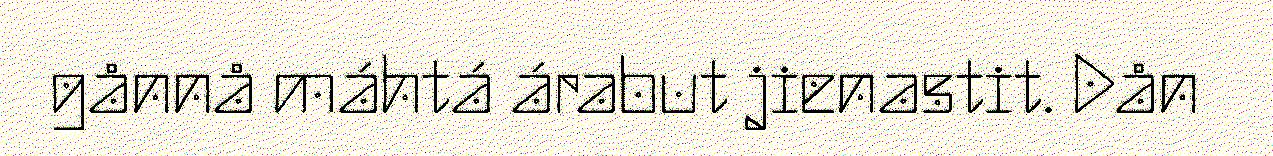
gånnå máhtá árabut jienastit. Dån